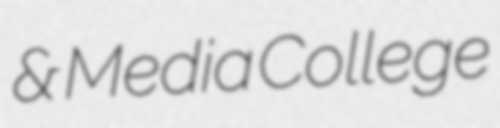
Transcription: & Media College